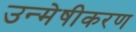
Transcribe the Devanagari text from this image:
उन्मेषीकरण